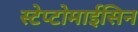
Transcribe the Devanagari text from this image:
स्टेप्टोमाईसिन